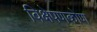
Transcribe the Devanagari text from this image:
विक्षेपणकोण